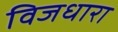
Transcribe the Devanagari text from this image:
विजधारा